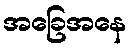
အခြေအနေ